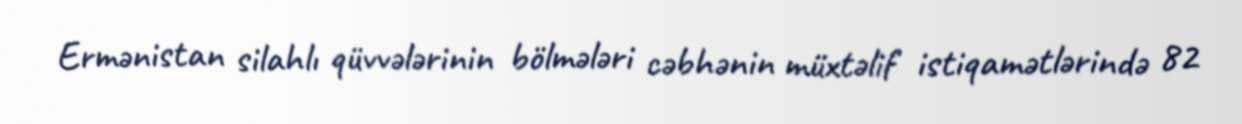
Ermənistan silahlı qüvvələrinin bölmələri cəbhənin müxtəlif istiqamətlərində 82